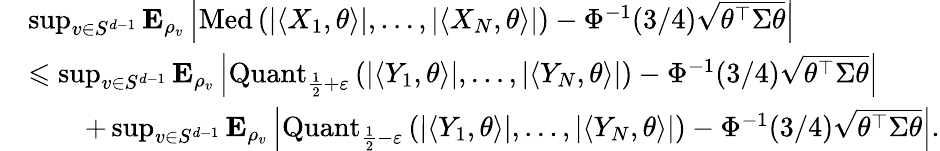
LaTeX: \begin{array}{rl}&{\operatorname*{sup}_{v\in S^{d-1}}{\mathbf E}_{\rho_{v}}\left|\operatorname{Med}\left(|\langle X_{1},\theta\rangle|,\ldots,|\langle X_{N},\theta\rangle|\right)-\Phi^{-1}(3/4)\sqrt{\theta^{\top}\Sigma\theta}\right|}\\ &{\leqslant\operatorname*{sup}_{v\in S^{d-1}}{\mathbf E}_{\rho_{v}}\left|\operatorname{Quant}_{\frac{1}{2}+\varepsilon}\left(|\langle Y_{1},\theta\rangle|,\ldots,|\langle Y_{N},\theta\rangle|\right)-\Phi^{-1}(3/4)\sqrt{\theta^{\top}\Sigma\theta}\right|}\\ &{\qquad+\operatorname*{sup}_{v\in S^{d-1}}{\mathbf E}_{\rho_{v}}\left|\operatorname{Quant}_{\frac{1}{2}-\varepsilon}\left(|\langle Y_{1},\theta\rangle|,\ldots,|\langle Y_{N},\theta\rangle|\right)-\Phi^{-1}(3/4)\sqrt{\theta^{\top}\Sigma\theta}\right|.}\end{array}